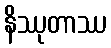
နိဿုတာဿ